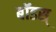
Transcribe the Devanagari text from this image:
बॉडस्